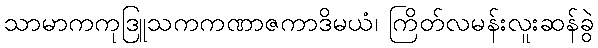
သာမာကကုဒြူသကကဏာဇကာဒိမယံ၊ ကြိတ်လမန်းလူးဆန်ခွဲ